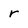
Character: r